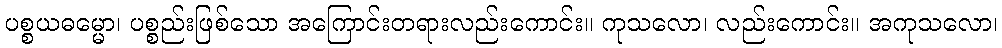
ပစ္စယဓမ္မော၊ ပစ္စည်းဖြစ်သော အကြောင်းတရားလည်းကောင်း။ ကုသလော၊ လည်းကောင်း။ အကုသလော၊